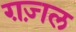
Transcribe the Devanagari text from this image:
ग़ज़्‍ाल